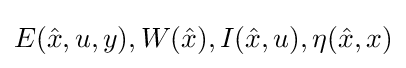
E({\hat {x}},u,y),W({\hat {x}}),I({\hat {x}},u),\eta ({\hat {x}},x)